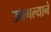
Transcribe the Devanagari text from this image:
उमगल्याने